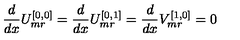
\frac { d } { d x } U _ { m r } ^ { [ 0 , 0 ] } = \frac { d } { d x } U _ { m r } ^ { [ 0 , 1 ] } = \frac { d } { d x } V _ { m r } ^ { [ 1 , 0 ] } = 0